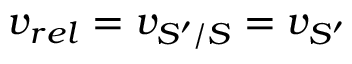
v _ { r e l } = v _ { S ^ { \prime } / S } = v _ { S ^ { \prime } }